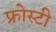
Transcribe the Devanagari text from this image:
फ्रोस्टी